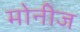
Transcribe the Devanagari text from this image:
मोनीज